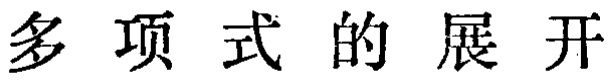
多项式的展开